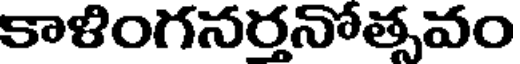
కాళింగనర్తనోత్సవం